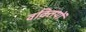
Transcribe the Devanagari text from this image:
वक़्तियों